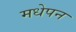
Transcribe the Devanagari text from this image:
मधेपन